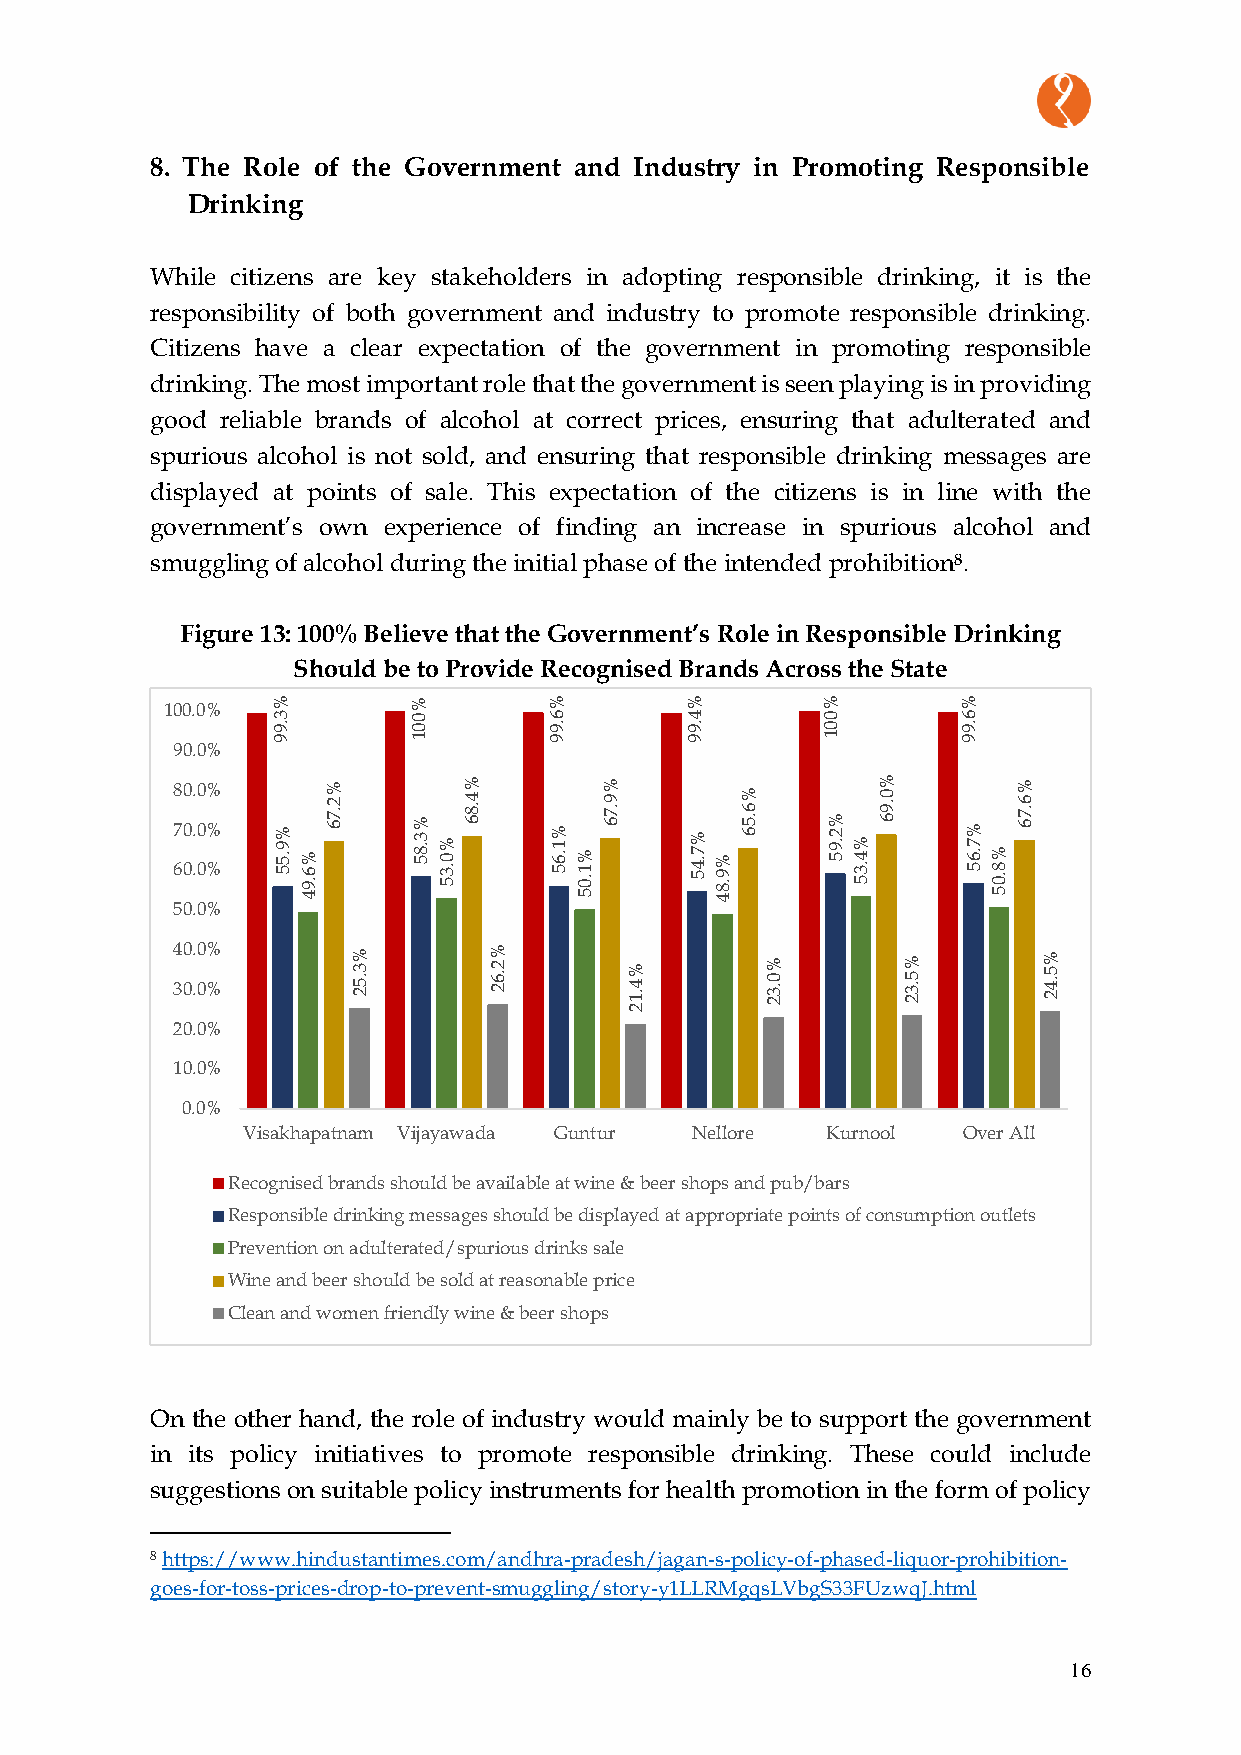
8. The Role of the Government and Industry in Promoting Responsible
 Drinking
 While citizens are key stakeholders in adopting responsible drinking, it is the
 responsibility of both government and industry to promote responsible drinking.
 Citizens have a clear expectation of the government in promoting responsible
 drinking. The most important role that the government is seen playing is in providing
 good reliable brands of alcohol at correct prices, ensuring that adulterated and
 spurious alcohol is not sold, and ensuring that responsible drinking messages are
 displayed at points of sale. This expectation of the citizens is in line with the
 government’s own experience of finding an increase in spurious alcohol and
 smuggling of alcohol during the initial phase of the intended prohibition8.
 Figure 13: 100% Believe that the Government’s Role in Responsible Drinking
 Should be to Provide Recognised Brands Across the State
 %        %        %        %        %         %
 100.0%
 3        0        6        4        0         6
 .9
 9
 0
 1
 .9
 9
 .9
 9
 0
 1
 .9
 9
 90.0%
 678 000 ... 000 %%%
 % 9 .5 5 % 6 .9
 4
 % 2 .7
 6    % 3 .8 5 % 0 .3 5
 % 4 .8
 6     % 1 .6 5 % 1 .0
 5
 % 9 .7
 6     % 7 .4 5 % 9 .8
 4
 % 6
 .5 6  % 2 .9 5 % 4 .3 5
 % 0 .9
 6     % 7 .6 5 % 8 .0
 5
 % 6 .7
 6
 50.0%
 34 00 .. 00 %% % 3 .5 2 % 2 .6 2 % 4 .1 % 0 .3 2 % 5 .3 2 % 5 .4 2
 2
 20.0%
 10.0%
 0.0%
 Visakhapatnam Vijayawada Guntur Nellore Kurnool Over All
 Recognised brands should be available at wine & beer shops and pub/bars
 Responsible drinking messages should be displayed at appropriate points of consumption outlets
 Prevention on adulterated/spurious drinks sale
 Wine and beer should be sold at reasonable price
 Clean and women friendly wine & beer shops
 On the other hand, the role of industry would mainly be to support the government
 in its policy initiatives to promote responsible drinking. These could include
 suggestions on suitable policy instruments for health promotion in the form of policy
 8 https://www.hindustantimes.com/andhra-pradesh/jagan-s-policy-of-phased-liquor-prohibition-
 goes-for-toss-prices-drop-to-prevent-smuggling/story-y1LLRMgqsLVbgS33FUzwqJ.html
 16